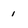
Character: 1